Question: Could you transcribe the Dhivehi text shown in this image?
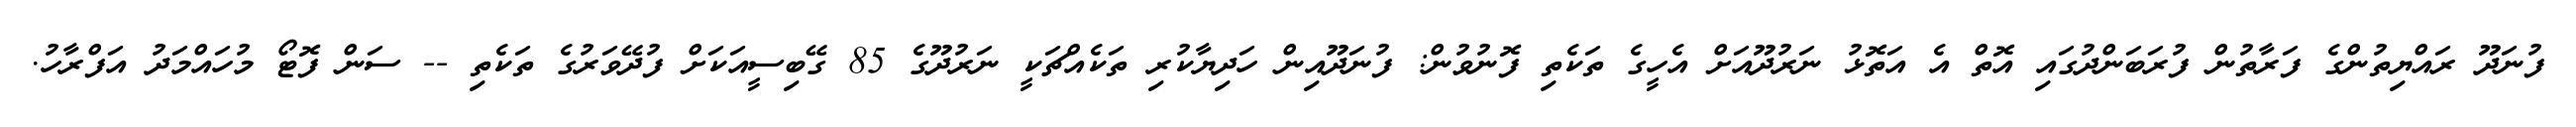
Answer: ފުނަދޫ ރައްޔިތުންގެ ފަރާތުން ފުރަބަންދުގައި އޮތް އެ އަތޮޅު ނަރުދޫއަށް އެހީގެ ތަކެތި ފޮނުވުން: ފުނަދޫއިން ހަދިޔާކުރި ތަކެއްޗަކީ ނަރުދޫގެ 85 ގޭބިސީއަކަށް ފުދޭވަރުގެ ތަކެތި -- ސަން ފޮޓޯ މުހައްމަދު އަފްރާހު.